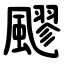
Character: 飂